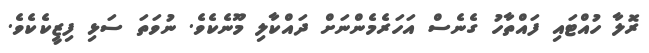
ރޮލާ ހުއްޓައި ފައްތާހު ގެނެސް އަހަރެމެންނަށް ދައްކާލި މޫނެކެވެ. ނުވަތަ ސަޅި ފިޒީކެކެވެ.